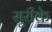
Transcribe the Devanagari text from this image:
सूरीके